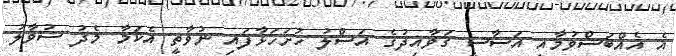
އެ އެއްބަސްވުމާއި އަސާސީ ގަވާއިދުގެ އަސްލު ހުށަހަޅާފައި ނުވާތީ އެކަމާ މެދު ސުވާލު